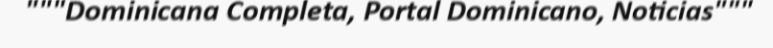
"""Dominicana Completa, Portal Dominicano, Noticias"""